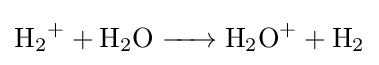
{\ce {H2+ + H2O -> H2O+ + H2}}